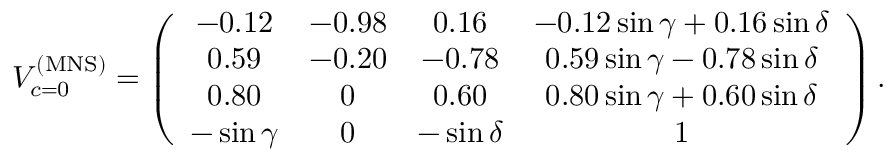
V _ { c = 0 } ^ { \mathrm { ( M N S ) } } = \left( \begin{array} { c c c c } { { - 0 . 1 2 } } & { { - 0 . 9 8 } } & { { 0 . 1 6 } } & { { - 0 . 1 2 \sin \gamma + 0 . 1 6 \sin \delta } } \\ { { 0 . 5 9 } } & { { - 0 . 2 0 } } & { { - 0 . 7 8 } } & { { 0 . 5 9 \sin \gamma - 0 . 7 8 \sin \delta } } \\ { { 0 . 8 0 } } & { { 0 } } & { { 0 . 6 0 } } & { { 0 . 8 0 \sin \gamma + 0 . 6 0 \sin \delta } } \\ { { - \sin \gamma } } & { { 0 } } & { { - \sin \delta } } & { { 1 } } \end{array} \right) .